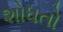
શોધતો